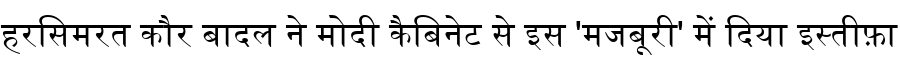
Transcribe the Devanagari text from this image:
हरसिमरत कौर बादल ने मोदी कैबिनेट से इस 'मजबूरी' में दिया इस्तीफ़ा